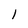
Character: 1